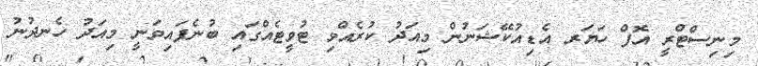
މިނިސްޓްރީ އޮފް ހަޔަރ އެޑިއުކޭޝަނުން މިއަދު ކުރެއްވި ޓުވީޓެއްގައި ބުނެފައިވަނީ މިއަދު ހެނދުނު